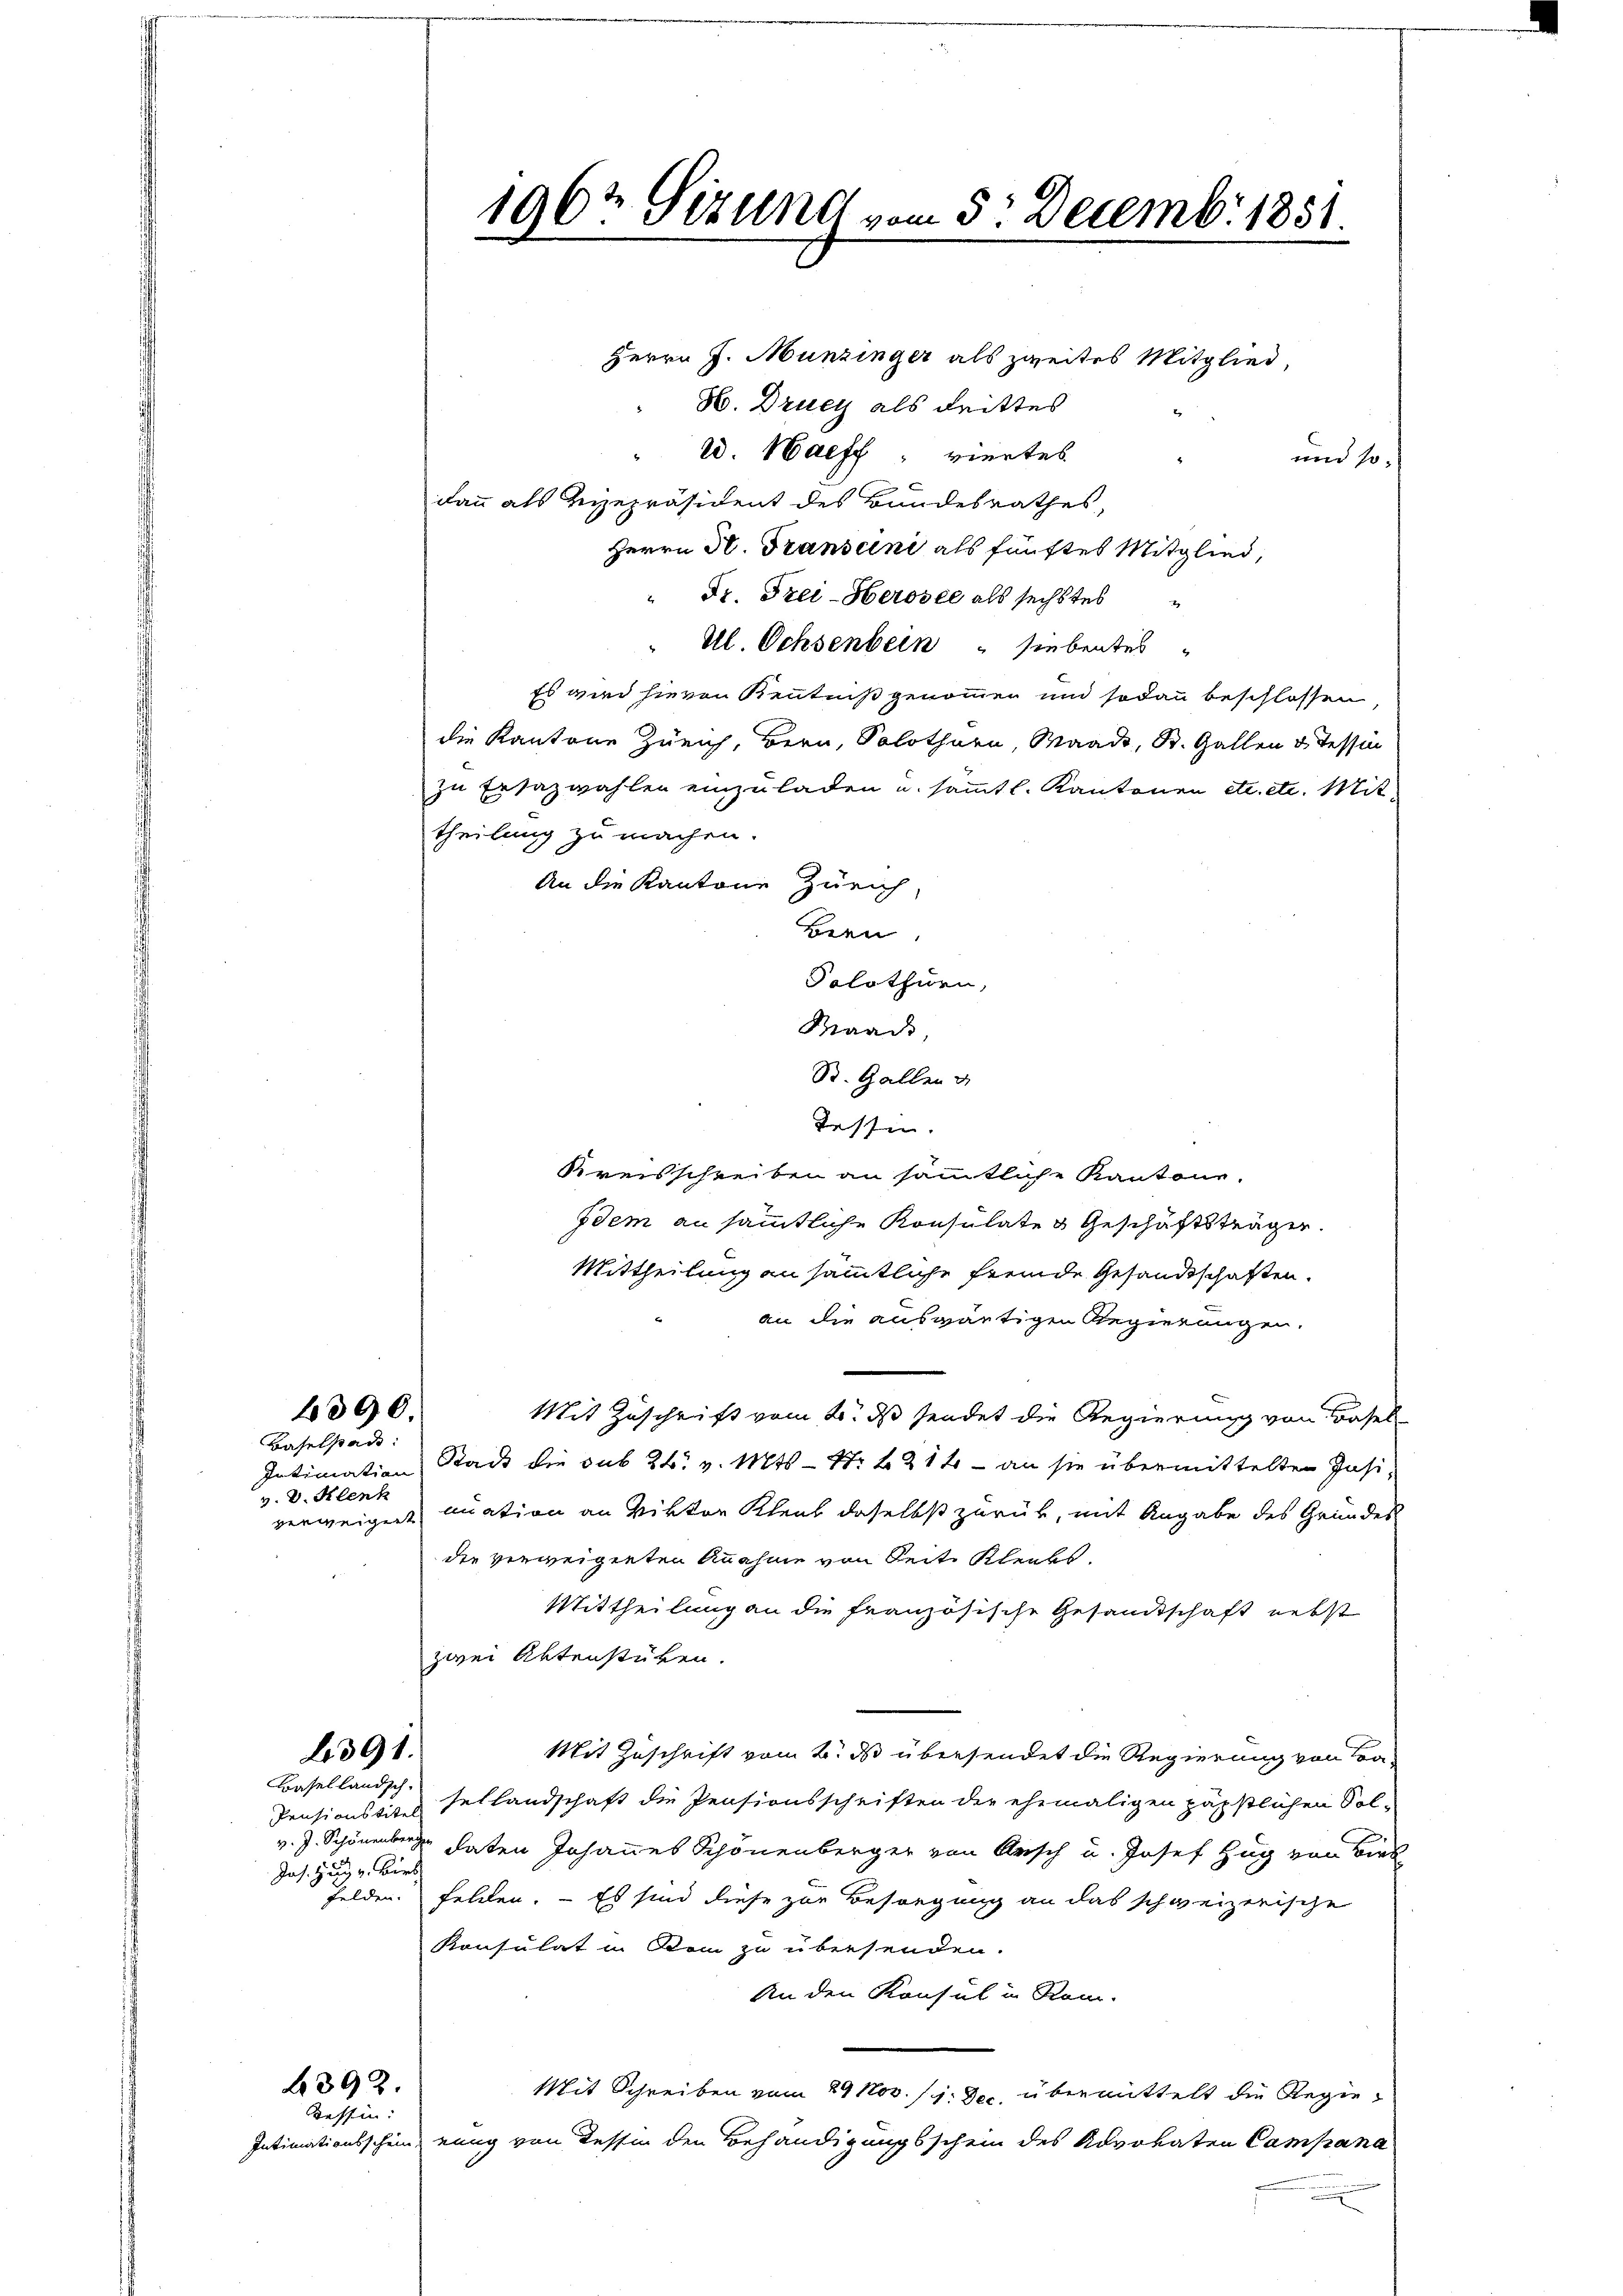
4390.

Baselstadt:
v. V. Klenk

391.

Basellandsch
Jas. Hug v. Birk

4392.
Tessin:

Herrn J. Münzinger als zweites Mitglied,
H. Drucy als drittes
ed. Haeff viertes
und so
dann als Reizepräsident des Bundesrathes,
Herrn H. Transcini als fünftes Mitglied,
" Dr. Frei-Herosee als sechstes
Ul. Ochsenbein siebentes
Es wird hievon Kenntniß genommen und sodann beschlossen,
die Kantone Zürich, Bern, Solothurn, Waadt, St. Gallen u. Tessin
zu Ersazwahlen einzuladen u. sämmtl. Kantonen etc. etc. Mittheilung zu machen.
An die Kantone Zürich,
Bern,
Solothurn,
Maad,
St. Gallen
Tassen.
Kreisschreiben an sämmtliche Kantone.
Idem an sämmtliche Konsulate & Geschäftsträger.
Mittheilung an sämmtliche fremde Gesandtschaften.
an die auswärtigen Regierungen.
Mit Zuschrift vom 25. ds sendet die Regierung von Basel
Intimation Stack die sub 24. v. Mts. - N: 1214 - an sie übermittelten Insiverweigert nuation an Viktor Klent daselbst zurück, mit Angabe des Grundes
die verweigenten Annahme von Seite Klenkt.
Mittheilung an die französische Gesandtschaft nebst
zwei Aktenstüken.
Mit Zuschrift vom 2. ds übersendet die Regierung von Ba¬
Pensionssitz sellandschaft die Pensionsschriften der ehemaligen päpstlichen Sol-
v. J. Schönenberg daten Johannes Schönenberger von Ansch u. Josef Hug von Birk
felden. Felden. – Es sind diese zur Besorgung an das schweizerische
Konsulat in Stein zu übersenden.
An den Konsul in Rom-
Mit Schreiben vom 29 Nov. 11. Dec. übermittelt die Regie¬
Intimationsschein, eing von Tessin den Behändigungsschein des Advokaten Campana

1967 Sizung vom 5. Decemb. 1851.